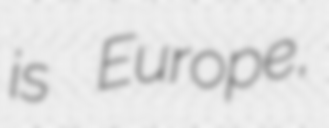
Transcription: is Europe,